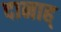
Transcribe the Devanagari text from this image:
दानाह्